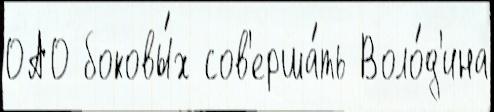
ОАО боковы́х сов'ерша́ть Воло́д'ина